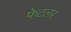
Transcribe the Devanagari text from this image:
फेटलर